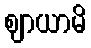
ဈာယာမိ